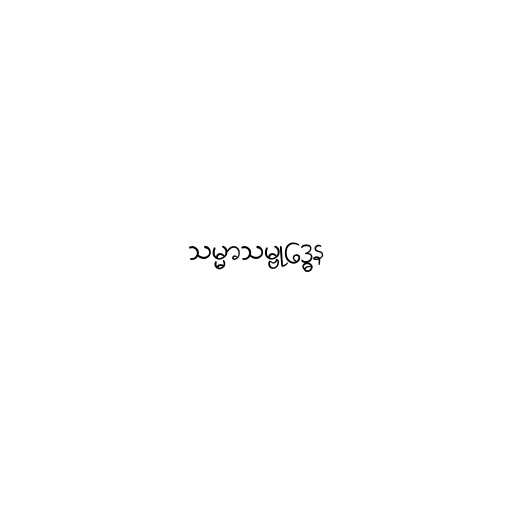
သမ္မာသမ္ဗုဒ္ဓေန